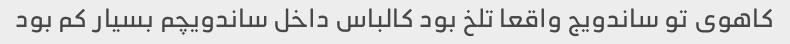
کاهوی تو ساندویج واقعا تلخ بود کالباس داخل ساندویچم بسیار کم بود